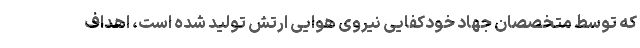
که توسط متخصصان جهاد خودکفایی نیروی هوایی ارتش تولید شده است، اهداف